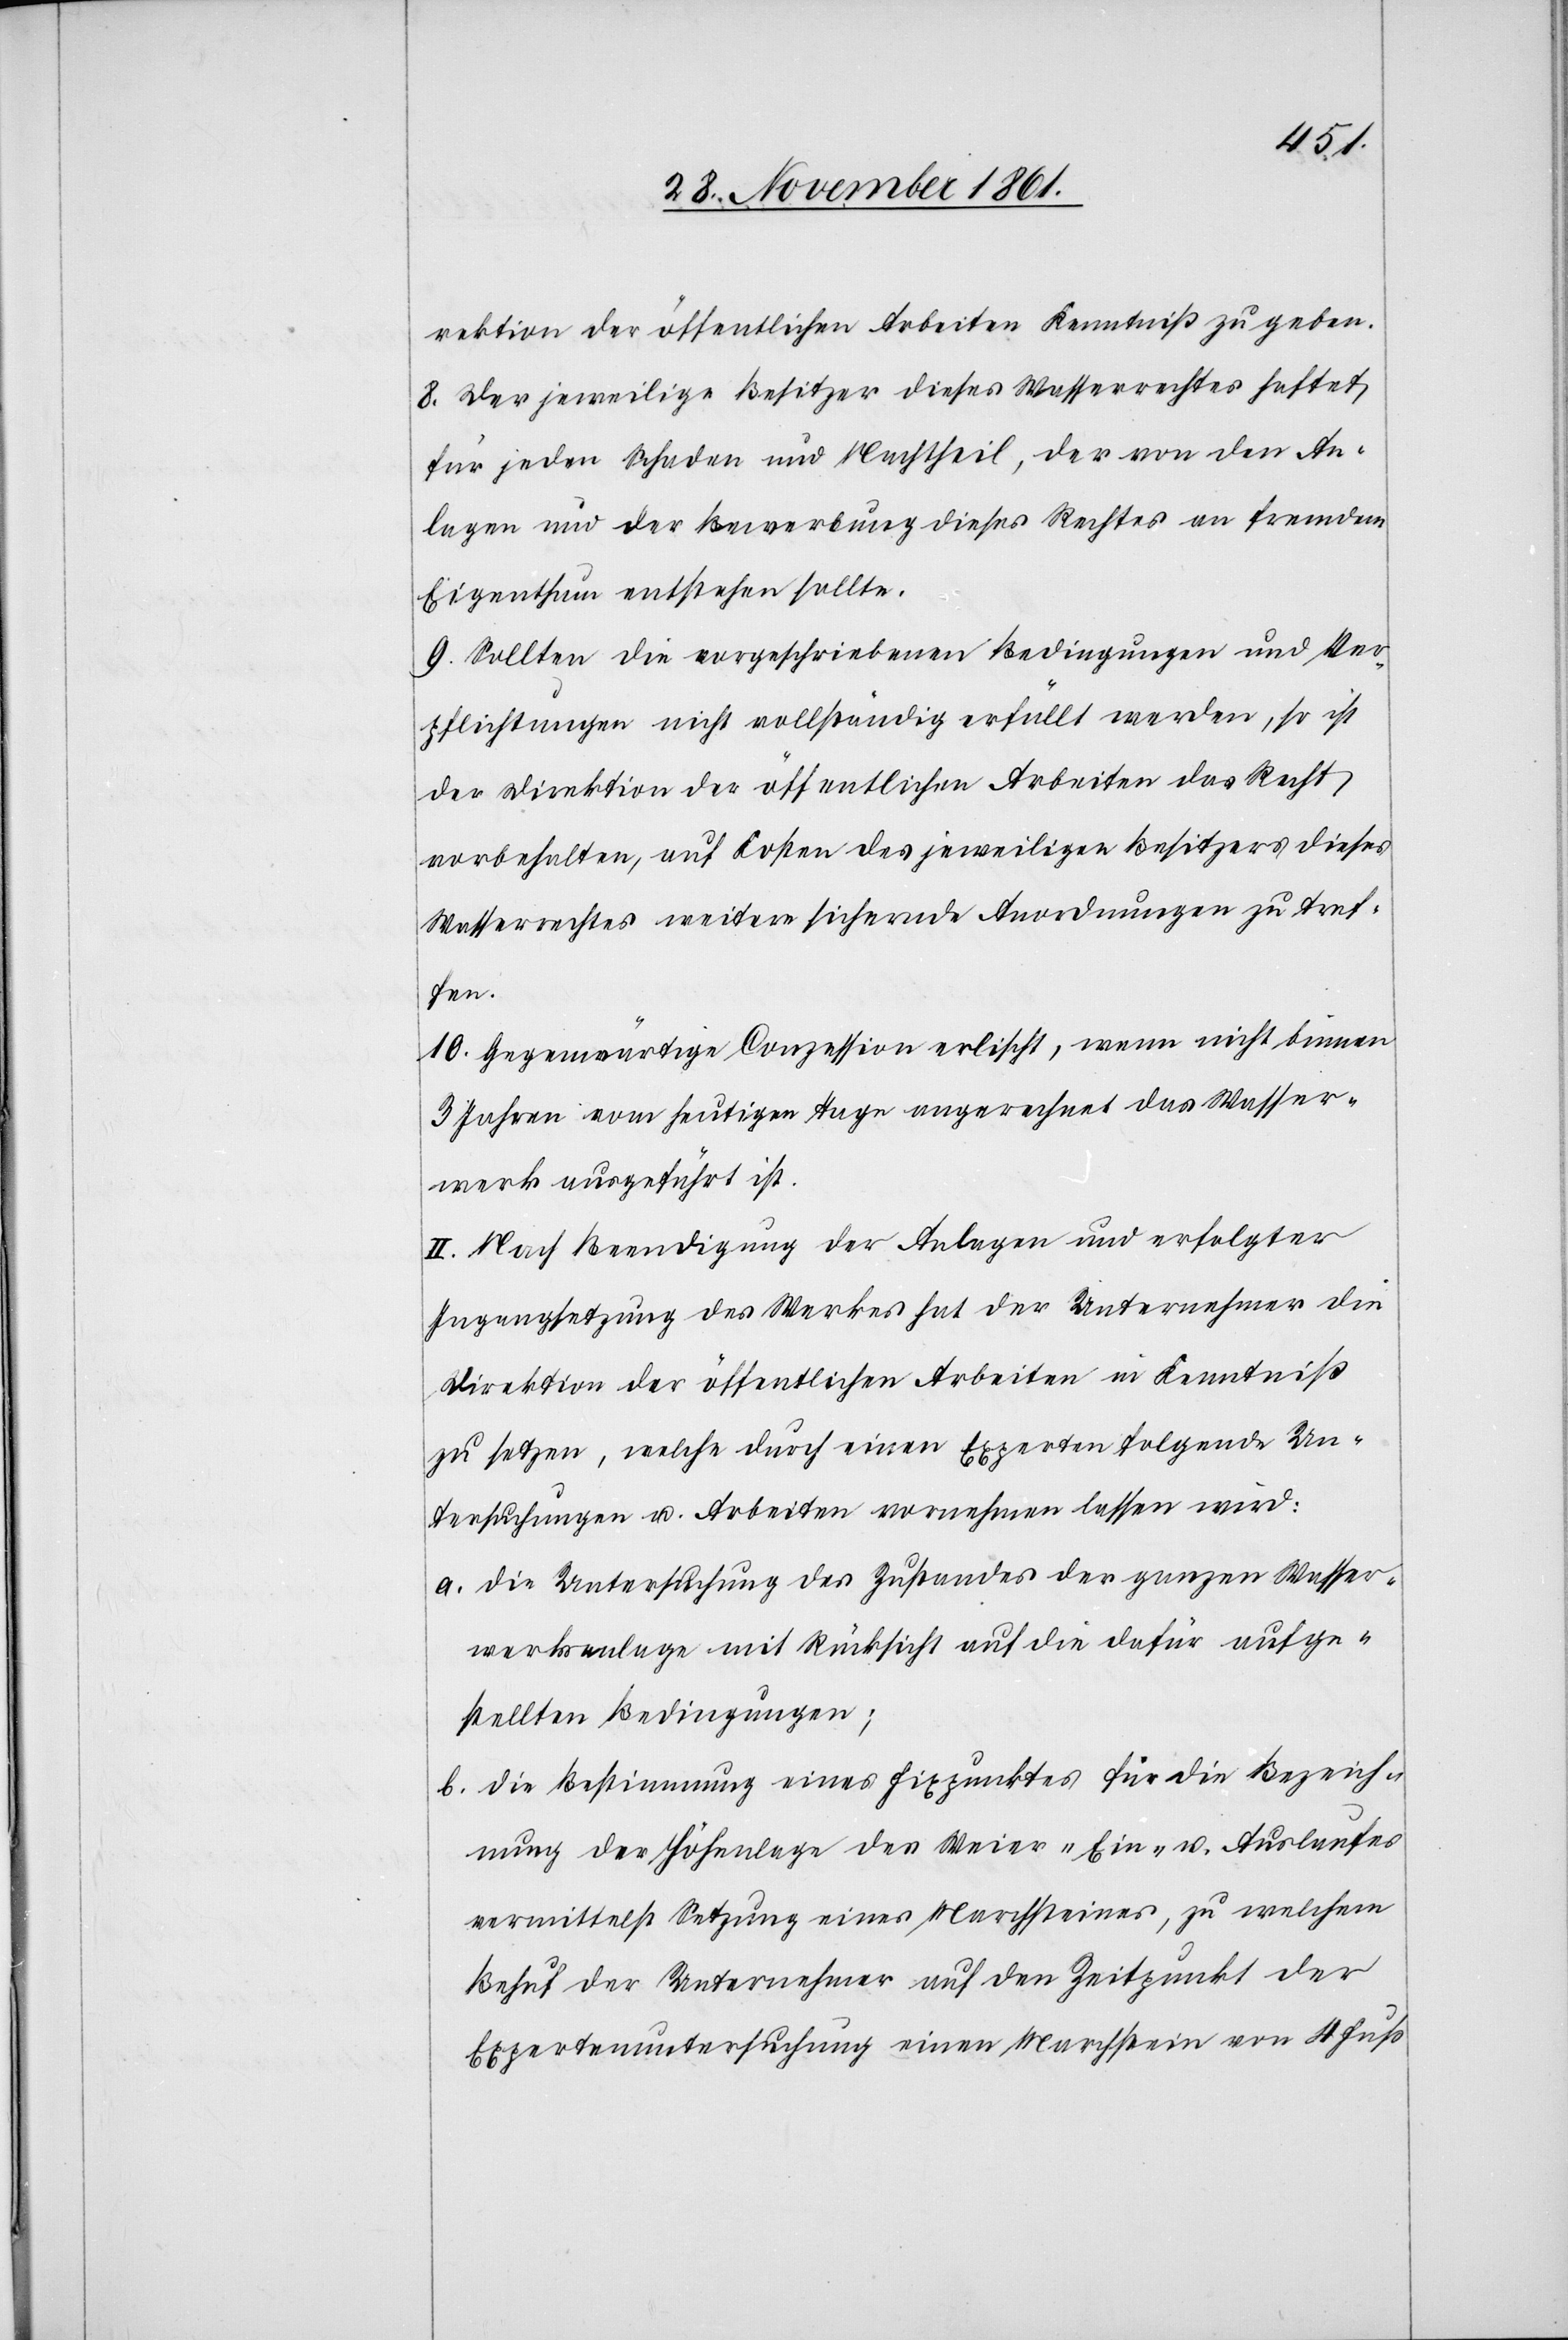
rektion der öffentlichen Arbeiten Kenntniß zu geben.
8. Der jeweilige Besitzer dieses Wasserrechtes haftet
für jeden Schaden und Nachtheil, der von den An¬
lagen und der Bewerbung dieses Rechtes an fremdem
Eigenthum entstehen sollte.
9. Sollten die vorgeschriebenen Bedingungen und Ver¬
pflichtungen nicht vollständig erfüllt werden, so ist
der Direktion der öffentlichen Arbeiten das Recht
vorbehalten, auf Kosten des jeweiligen Besitzers dieses
Wasserrechtes weitere sichernde Anordnungen zu tref¬
fen.
10. Gegenwärtige Conzession erlischt, wenn nicht binnen
3 Jahren vom heutigen Tage angerechnet das Wasser¬
werk ausgeführt ist.
II. Nach Beendigung der Anlagen und erfolgter
Ingangsetzung des Werkes hat der Unternehmer die
Direktion der öffentlichen Arbeiten in Kenntniß
zu setzen, welche durch einen Experten folgende Un¬
tersuchungen u. Arbeiten vornehmen lassen wird:
a. die Untersuchung des Zustandes der ganzen Wasser¬
werksanlage mit Rücksicht auf die dafür aufge¬
stellten Bedingungen;
b. die Bestimmung eines Fixpunktes für die Bezeich¬
nung der Höhenlage des Weier „Ein“- u. Auslaufes
vermittelst Setzung eines Marchsteines, zu welchem
Behuf der Unternehmer auf den Zeitpunkt der
Expertenuntersuchung einen Marchstein von 4 Fuß